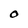
Character: 0